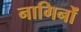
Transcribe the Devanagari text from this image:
नागिनों